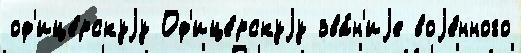
оф'ице́рскуjу Оф'ице́рскуjу зва́н'иjе воjе́нного